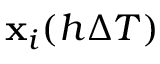
\mathbf { x } _ { i } ( h \Delta T )